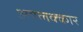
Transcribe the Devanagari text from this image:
अयलक्कार